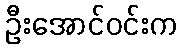
ဦးအောင်ဝင်းက